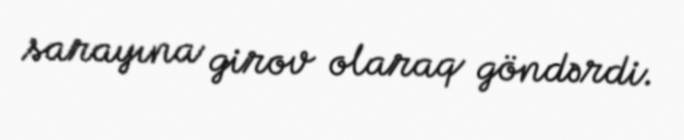
sarayına girov olaraq göndərdi.